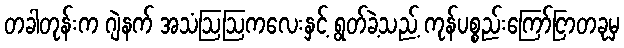
တခါတုန်းက ဂျဲနက် အသံဩဩကလေးနှင့် ရွတ်ခဲ့သည့် ကုန်ပစ္စည်းကြော်ငြာတခုမှ